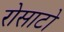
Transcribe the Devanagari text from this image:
रोसाटो